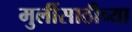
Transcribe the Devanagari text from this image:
मुलींसाठीच्या